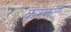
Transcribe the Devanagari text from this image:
कम्फ़र्ट